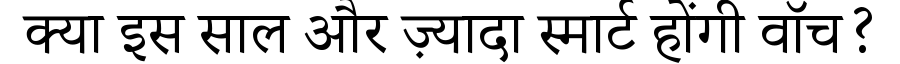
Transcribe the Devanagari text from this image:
क्या इस साल और ज़्यादा स्मार्ट होंगी वॉच?